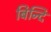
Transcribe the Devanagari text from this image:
बिन्दि